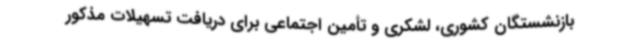
بازنشستگان کشوری، لشکری و تأمین اجتماعی برای دریافت تسهیلات مذکور